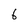
Character: 6